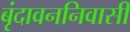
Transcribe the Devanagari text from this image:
बृंदावननिवासी